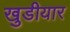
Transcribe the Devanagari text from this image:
खुडीयार